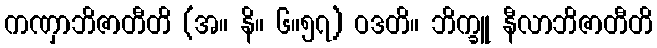
ကဏှာဘိဇာတီတိ (အ။ နိ။ ၆။၅၇) ဝဒတိ။ ဘိက္ခူ နီလာဘိဇာတီတိ